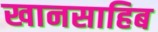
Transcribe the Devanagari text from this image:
खानसाहिब